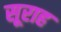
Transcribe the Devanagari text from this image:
सूराह